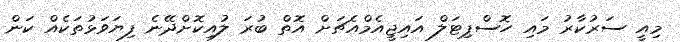
މިއީ ސަރުކާރު މައި ހޮސްޕިޓަލް އައިޖީއެމްއެޗަށް އޮތް ބުރަ ލުއިކޮށްދޭނެ ފިޔަވަޅުތަކެއް ކަން